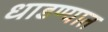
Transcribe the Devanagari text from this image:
धाडण्यात